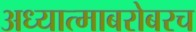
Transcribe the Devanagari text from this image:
अध्यात्माबरोबरच